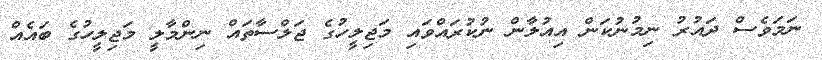
ނަމަވެސް ދައުރު ނިމުނުކަން އިއުލާން ނުކުރައްވައި މަޖިލީހުގެ ޖަލްސާތައް ނިންމާލީ މަޖިލީހުގެ ބައެއް